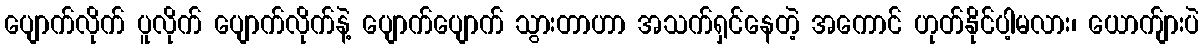
ပျောက်လိုက် ပူလိုက် ပျောက်လိုက်နဲ့ ပျောက်ပျောက် သွားတာဟာ အသက်ရှင်နေတဲ့ အကောင် ဟုတ်နိုင်ပါ့မလား၊ ယောက်ျားပဲ